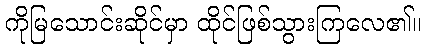
ကိုမြသောင်းဆိုင်မှာ ထိုင်ဖြစ်သွားကြလေ၏။